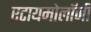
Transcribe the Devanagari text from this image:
एटायमोलॉजी